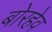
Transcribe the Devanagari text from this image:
बोरहेव